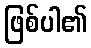
ဖြစ်ပါ၏